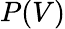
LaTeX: P(V)